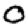
Digit: 0